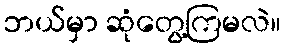
ဘယ်မှာ ဆုံတွေ့ကြမလဲ။